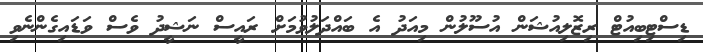
ޑިސްޓިބިއުޓް ރިޒޮލިއުޝަން އުސޫލުން މިއަދު އެ ބައްދަލުވުމަށް ރައީސް ނަޝީދު ވެސް ވަޑައިގެންނެވި